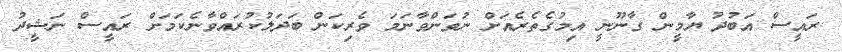
ރައީސް އަބުދު ޔާމީން ގާނޫނީ އިމުގެތެރެއަށް ނުވަންވާނަމަ ވެރިކަން ބަދަލުކުރައްވާނެކަމަށް ރައީސް ނަޝީދު